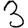
Digit: 3